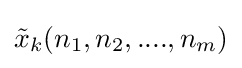
{\tilde {x}}_{k}(n_{1},n_{2},....,n_{m})